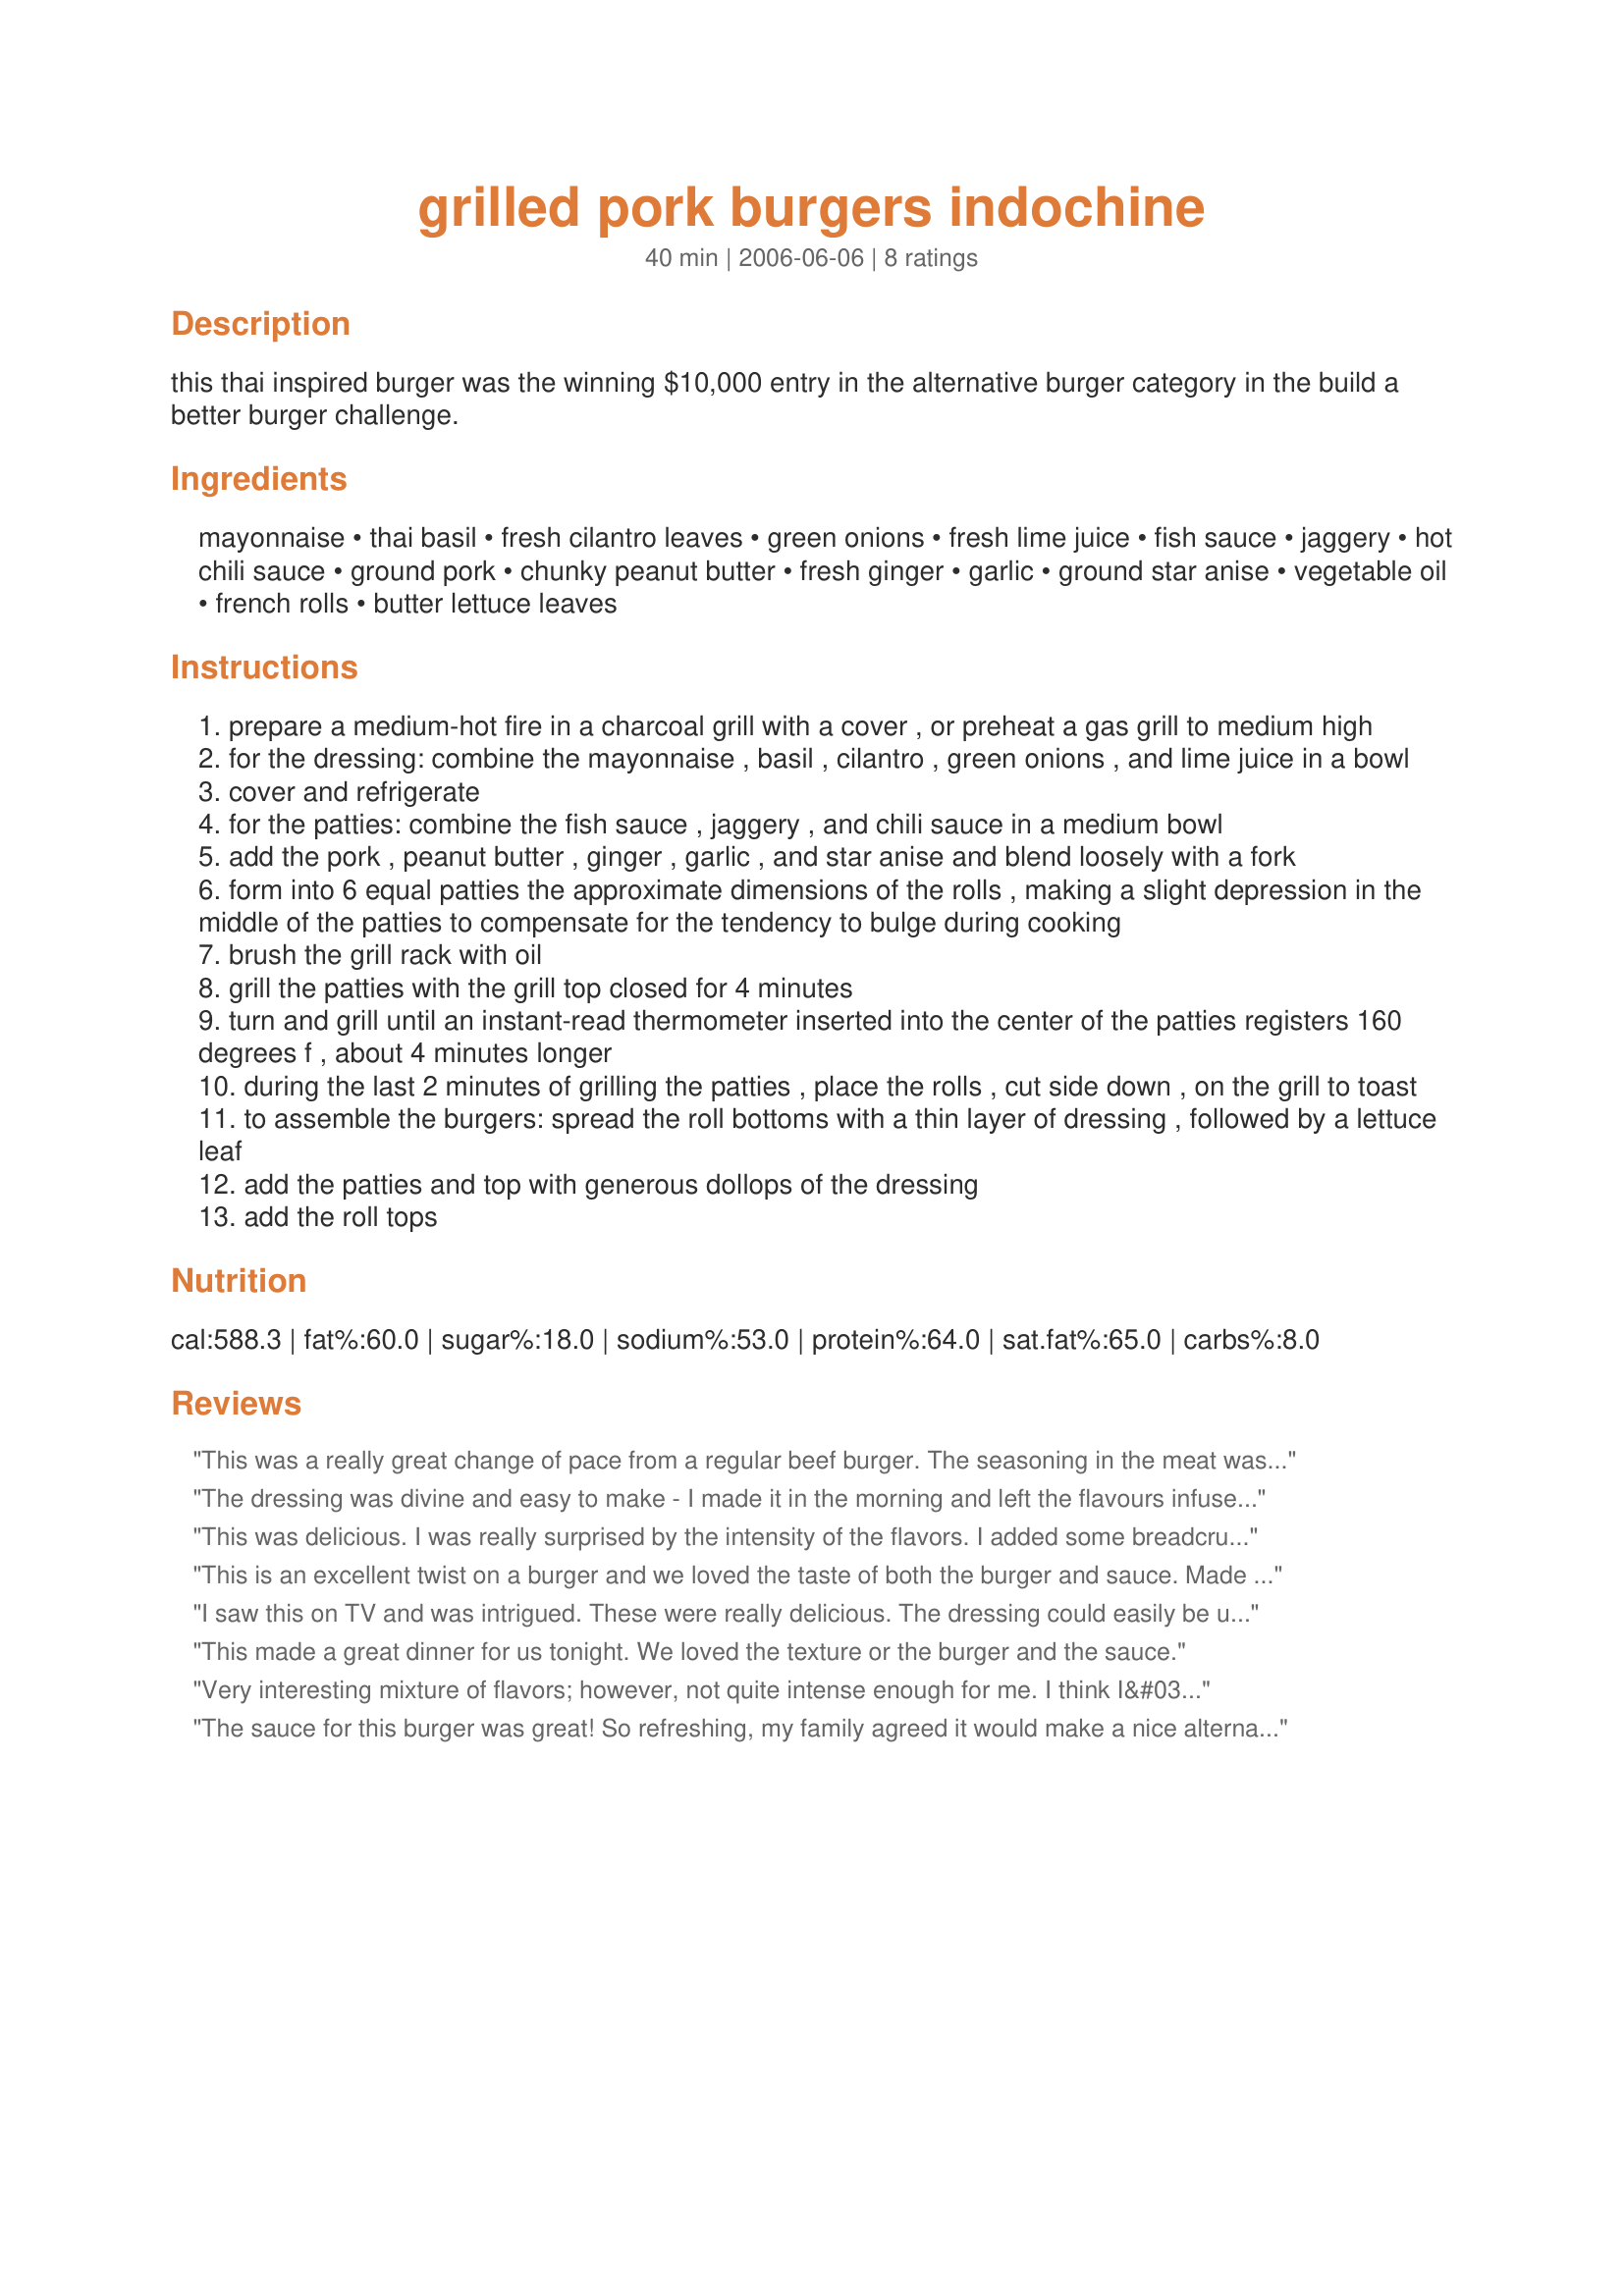
grilled pork burgers indochine
Preparation time: 40 minutes

this thai inspired burger was the winning $10,000 entry in the alternative burger category in the build a better burger challenge.

Ingredients:
mayonnaise, thai basil, fresh cilantro leaves, green onions, fresh lime juice, fish sauce, jaggery, hot chili sauce, ground pork, chunky peanut butter, fresh ginger, garlic, ground star anise, vegetable oil, french rolls, butter lettuce leaves

Steps:
prepare a medium-hot fire in a charcoal grill with a cover , or preheat a gas grill to medium high
for the dressing: combine the mayonnaise , basil , cilantro , green onions , and lime juice in a bowl
cover and refrigerate
for the patties: combine the fish sauce , jaggery , and chili sauce in a medium bowl
add the pork , peanut butter , ginger , garlic , and star anise and blend loosely with a fork
form into 6 equal patties the approximate dimensions of the rolls , making a slight depression in the middle of the patties to compensate for the tendency to bulge during cooking
brush the grill rack with oil
grill the patties with the grill top closed for 4 minutes
turn and grill until an instant-read thermometer inserted into the center of the patties registers 160 degrees f , about 4 minutes longer
during the last 2 minutes of grilling the patties , place the rolls , cut side down , on the grill to toast
to assemble the burgers: spread the roll bottoms with a thin layer of dressing , followed by a lettuce leaf
add the patties and top with generous dollops of the dressing
add the roll tops

Reviews:
This was a really great change of pace from a regular beef burger. The seasoning in the meat was delicious and I really enjoyed the mayo. Thanks for the posting.
The dressing was divine and easy to make - I made it in the morning and left the flavours infuse. I made the burger patties about 3 hours before grilling to firm up in the fridge; they were very crumbly in the grill pan, and I struggled to keep them together, this in NO way affected the taste though; the taste of the burgers was delicious, and I am going to try these again to see if I can manage to make them stick together! I made them exactly as posted and the mixture did yield 6 burgers. I served them with crisps (chips), extra lettuce and in a burger bun. Made for Asia and the Cheese and Whine Gang. Thanks Susie, FT:-)
This was delicious. I was really surprised by the intensity of the flavors. I added some breadcrumbs to the pork mixture as it seemed a little wet. In hindsight, I probably wouldn't do that again. My burgers cooked for about 10-12 minutes on a gas grill. The mayonnaise is a must. Instead of star anise, which I actually have as a whole spice, but not ground, I used Penzey's Bangkok Blend, which has some chili, lemongrass and other seasonings. I also added some salt & pepper to the meat which I think made it a tad salty. The fish sauce has enough salt, I think. I will definitely make this again. Thank you for sharing this wonderful, unique recipe.
This is an excellent twist on a burger and we loved the taste of both the burger and sauce. Made for ZWT #9.
I saw this on TV and was intrigued. These were really delicious. The dressing could easily be used for other things, too, and maybe next time I'll use the mini food processor. I substituted ground anise seed for the star anise (per some website) and it was fine. This makes a great change from beef and will be a regular at this house. Thanks SusieD for posting.
This made a great dinner for us tonight. We loved the texture or the burger and the sauce.
Very interesting mixture of flavors; however, not quite intense enough for me. I think I&#039;d double the sriracha, garlic and ginger next time. Still, a nice change from plain beef burgers. ZWT9
The sauce for this burger was great! So refreshing, my family agreed it would make a nice alternative for tzatziki (sp?) sauce, but it was perfect on the burger. My two teenage daughters loved the whole thing! I thought the pork made the burger very dry, so next time I will use half pork and have ground chuck and see if that makes a difference. Also, I could not find anise at the store/s so I substituted about a tablespoon of tarragon and that was ok (honestly, I couldn't taste the tarragon, but there is so much going on in this burger it may have been needed to complete the "taste profile").
